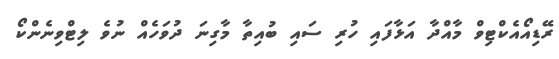
ރޭޑިއޯއެކްޓިވް މާއްދާ އަޅާފައި ހުރި ސައި ބުއިތާ މާގިނަ ދުވަހެއް ނުވެ ލިޓްވިނެންކޯ